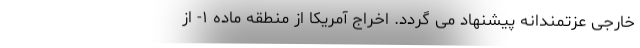
خارجی عزتمندانه پیشنهاد می گردد. اخراج آمریکا از منطقه ماده ۱- از